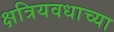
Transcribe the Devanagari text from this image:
क्षत्रियवधाच्या